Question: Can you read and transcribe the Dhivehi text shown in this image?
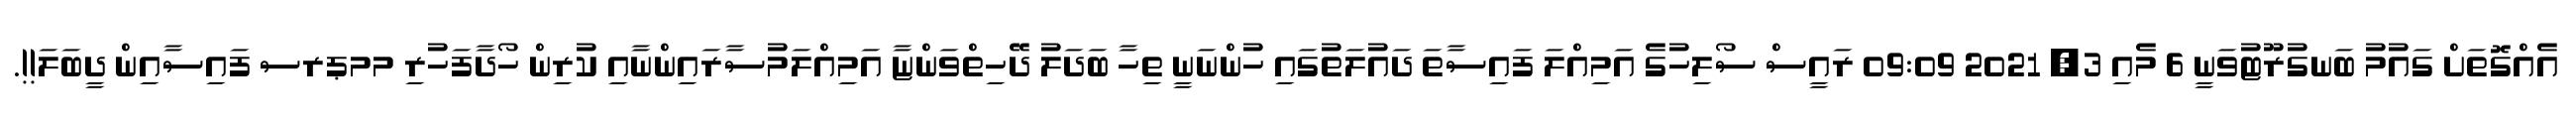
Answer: އެއްގޮތަށް ގައުމު ބަނގުރޫޓުވަނީ 6 މެއި 3, 2021 09:09 ރައީސް ސޯލިހުގެ އަމިއްލަ ފައިސާތަ ދައުލަތުގައި ހުންނަނީ ތިހާ ބަދަލު ދޭހިތްވަންޏާ އަމިއްލަމުސާރައިންނާއި ކުރިން ހޯދާފަހުރި މމޕރސ ފައިސާއިން ދީބަލަ!!.